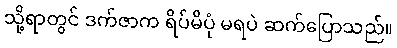
သို့ရာတွင် ဒက်ဇာက ရိပ်မိပုံ မရပဲ ဆက်ပြောသည်။